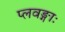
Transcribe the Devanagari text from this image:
प्लवङ्गाः